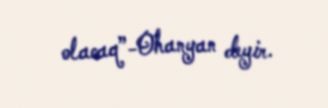
olacaq”-Ohanyan deyir.